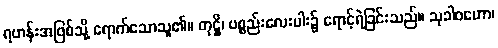
ရဟန်းအဖြစ်သို့ ရောက်သောသူ၏။ တုဋ္ဌိ၊ ပစ္စည်းလေးပါး၌ ရောင့်ရဲခြင်းသည်။ သုခါဝဟော၊